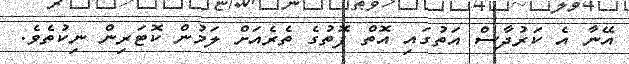
އޭނާ އެ ކަރުދާސް އަތުގައި އޮތް ފޮތުގެ ތެރެއަށް ލަމުން ކޮޓަރިން ނިކުތެވެ.